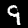
Label: 9